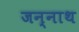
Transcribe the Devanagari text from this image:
जन्नाथ